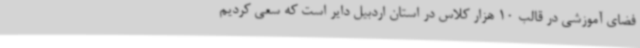
فضای آموزشی در قالب 10 هزار کلاس در استان اردبیل دایر است که سعی کردیم